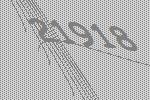
21918